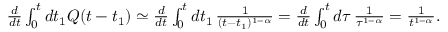
\begin{array} { r } { \frac { d } { d t } \int _ { 0 } ^ { t } d t _ { 1 } Q ( t - t _ { 1 } ) \simeq \frac { d } { d t } \int _ { 0 } ^ { t } d t _ { 1 } \, \frac { 1 } { ( t - t _ { 1 } ) ^ { 1 - \alpha } } = \frac { d } { d t } \int _ { 0 } ^ { t } d \tau \, \frac { 1 } { \tau ^ { 1 - \alpha } } = \frac { 1 } { t ^ { 1 - \alpha } } . } \end{array}